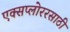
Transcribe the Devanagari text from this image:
एक्सप्लोररसाठी